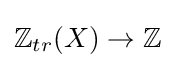
\mathbb {Z} _{tr}(X)\to \mathbb {Z}